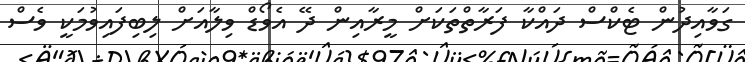
ގަވާއިދުން ޓެކްސް ދައްކާ ފަރާތްތަކަށް މީރާއިން ދޭ އެވޯޑް ވިލާއަށް ލިބިފައިވުމަކީ ވެސް